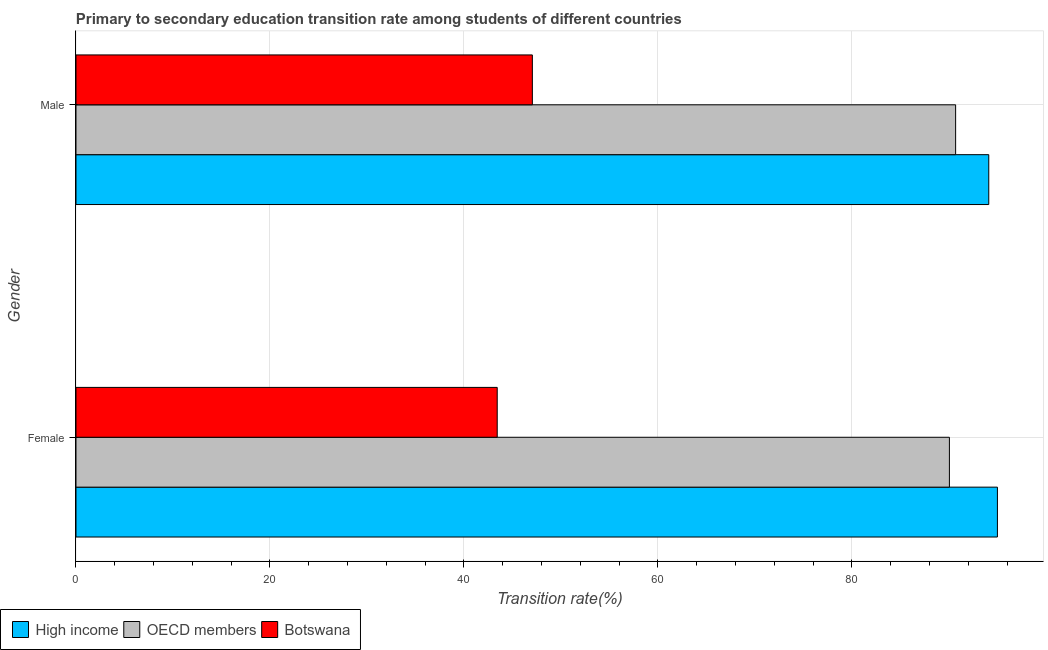
| Gender | High income | OECD members | Botswana |
 | --- | --- | --- | --- |
 | Female | 95 | 90 | 43.4 |
 | Male | 94.1 | 90.7 | 47.1 |